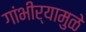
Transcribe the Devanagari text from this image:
गांभीर्यामुळे